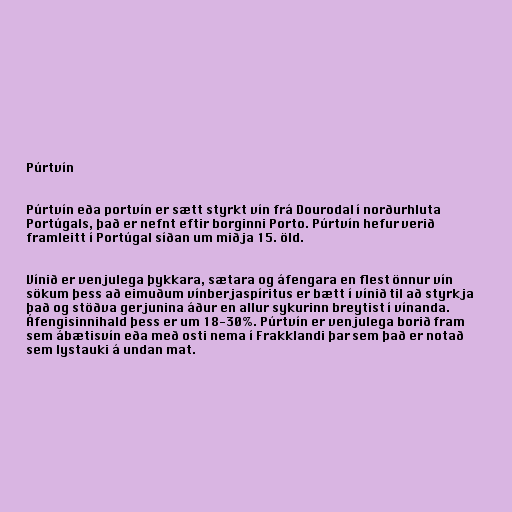
Púrtvín

Púrtvín eða portvín er sætt styrkt vín frá Dourodal í norðurhluta
Portúgals, það er nefnt eftir borginni Porto. Púrtvín hefur verið
framleitt í Portúgal síðan um miðja 15. öld.

Vínið er venjulega þykkara, sætara og áfengara en flest önnur vín
sökum þess að eimuðum vínberjaspíritus er bætt í vínið til að styrkja
það og stöðva gerjunina áður en allur sykurinn breytist í vínanda.
Áfengisinnihald þess er um 18-30%. Púrtvín er venjulega borið fram
sem ábætisvín eða með osti nema í Frakklandi þar sem það er notað
sem lystauki á undan mat.